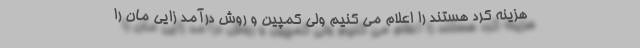
هزینه کرد هستند را اعلام می کنیم ولی کمپین و روش درآمد زایی مان را